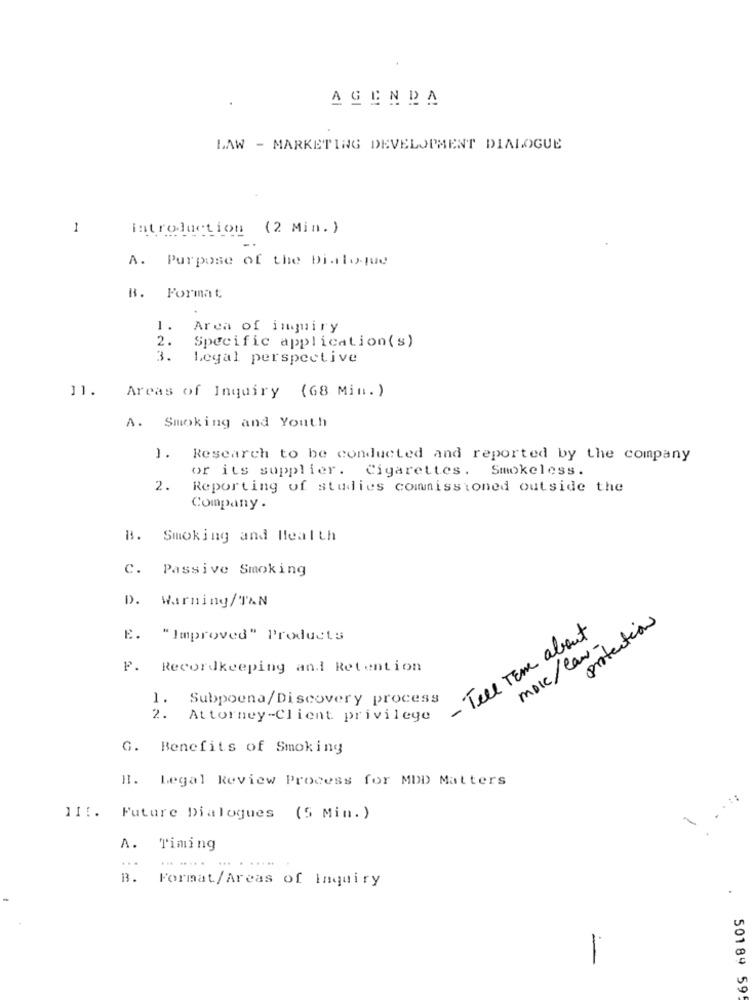
AGENDA
LAW - MARKETING DEVELOPMENT DIALOGUE
1
introduction (2 Min. )
A. Purpose of the Dialogue
B. Format
1.
Area of inquiry
2.
Specific application(s)
3.
Legal perspective
11.
Areas of Inquiry (68 Min. )
A. Smoking and Youth
1.
Research to be conducted and reported by the company
or its supplier. Cigarettes. Smokeless.
2.
Reporting of studies commissioned outside the
Company .
B. Smoking and Health
c.
Passive Smoking
D. Warning/TAN
protection
- Tell Tem about
E. "Improved" Products
moic/ law-
P. Recordkeeping and Retention
1. Subpoena/Discovery process
2. Attorney-Client privilege
G. Benefits of Smoking
H. Legal Review Process for MDD Matters
111. Future Dialogues (5 Min. )
A.
Timing
... .....
.....
B.
Format/Areas of Inquiry
50189 59